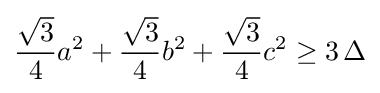
{\frac {\sqrt {3}}{4}}a^{2}+{\frac {\sqrt {3}}{4}}b^{2}+{\frac {\sqrt {3}}{4}}c^{2}\geq 3\,\Delta